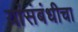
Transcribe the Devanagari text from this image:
यांसंबंधीचा